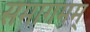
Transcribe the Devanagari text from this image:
समागमम्